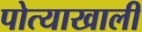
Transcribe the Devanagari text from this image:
पोत्याखाली